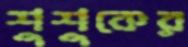
শুশুকের